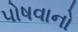
પોષવાનો